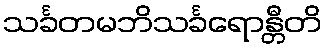
သင်္ခတမဘိသင်္ခရောန္တီတိ